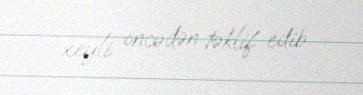
xeyli öncədən təklif edib.